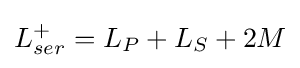
L_{ser}^{+}=L_{P}+L_{S}+2M